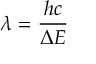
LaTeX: \lambda = { \frac { h c } { \Delta E } }